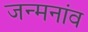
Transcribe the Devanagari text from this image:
जन्मनांव